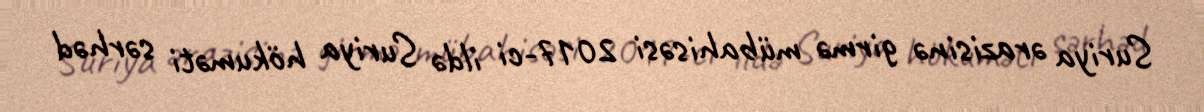
Suriya ərazisinə girmə mübahisəsi 2017-ci ildə Suriya hökuməti sərhəd